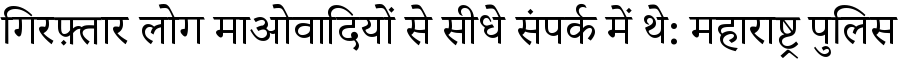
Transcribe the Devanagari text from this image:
गिरफ़्तार लोग माओवादियों से सीधे संपर्क में थे: महाराष्ट्र पुलिस